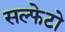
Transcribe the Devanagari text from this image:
सल्फेटो